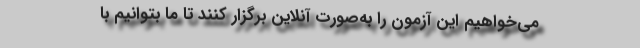
می‌خواهیم این آزمون را به‌صورت آنلاین برگزار کنند تا ما بتوانیم با